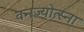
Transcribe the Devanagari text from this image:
वनज्योत्स्ना